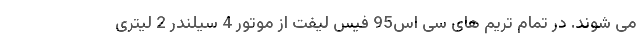
می شوند. در تمام تریم های سی اس95 فیس لیفت از موتور 4 سیلندر 2 لیتری